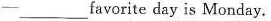
—— ___ favorite day is Monday.